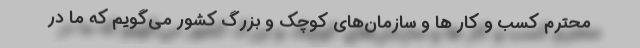
محترم کسب و کار ها و سازمان‌های كوچك و بزرگ كشور می‌گویم كه ما در